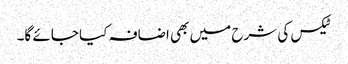
ٹیکس کی شرح میں بھی اضافہ کیا جائے گا۔